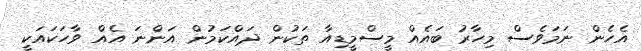
އެހެން ނަމަވެސް މިހާރު ބައެއް މީސްމީޑިއާ ތަކުން ދައްކަމުން އަންނަ އެއް ވާހަކައަކީ